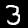
Digit: 3